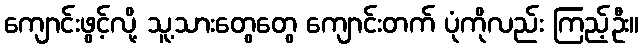
ကျောင်းဖွင့်လို့ သူ့သားတွေတွေ ကျောင်းတက် ပုံကိုလည်း ကြည့်ဦး။